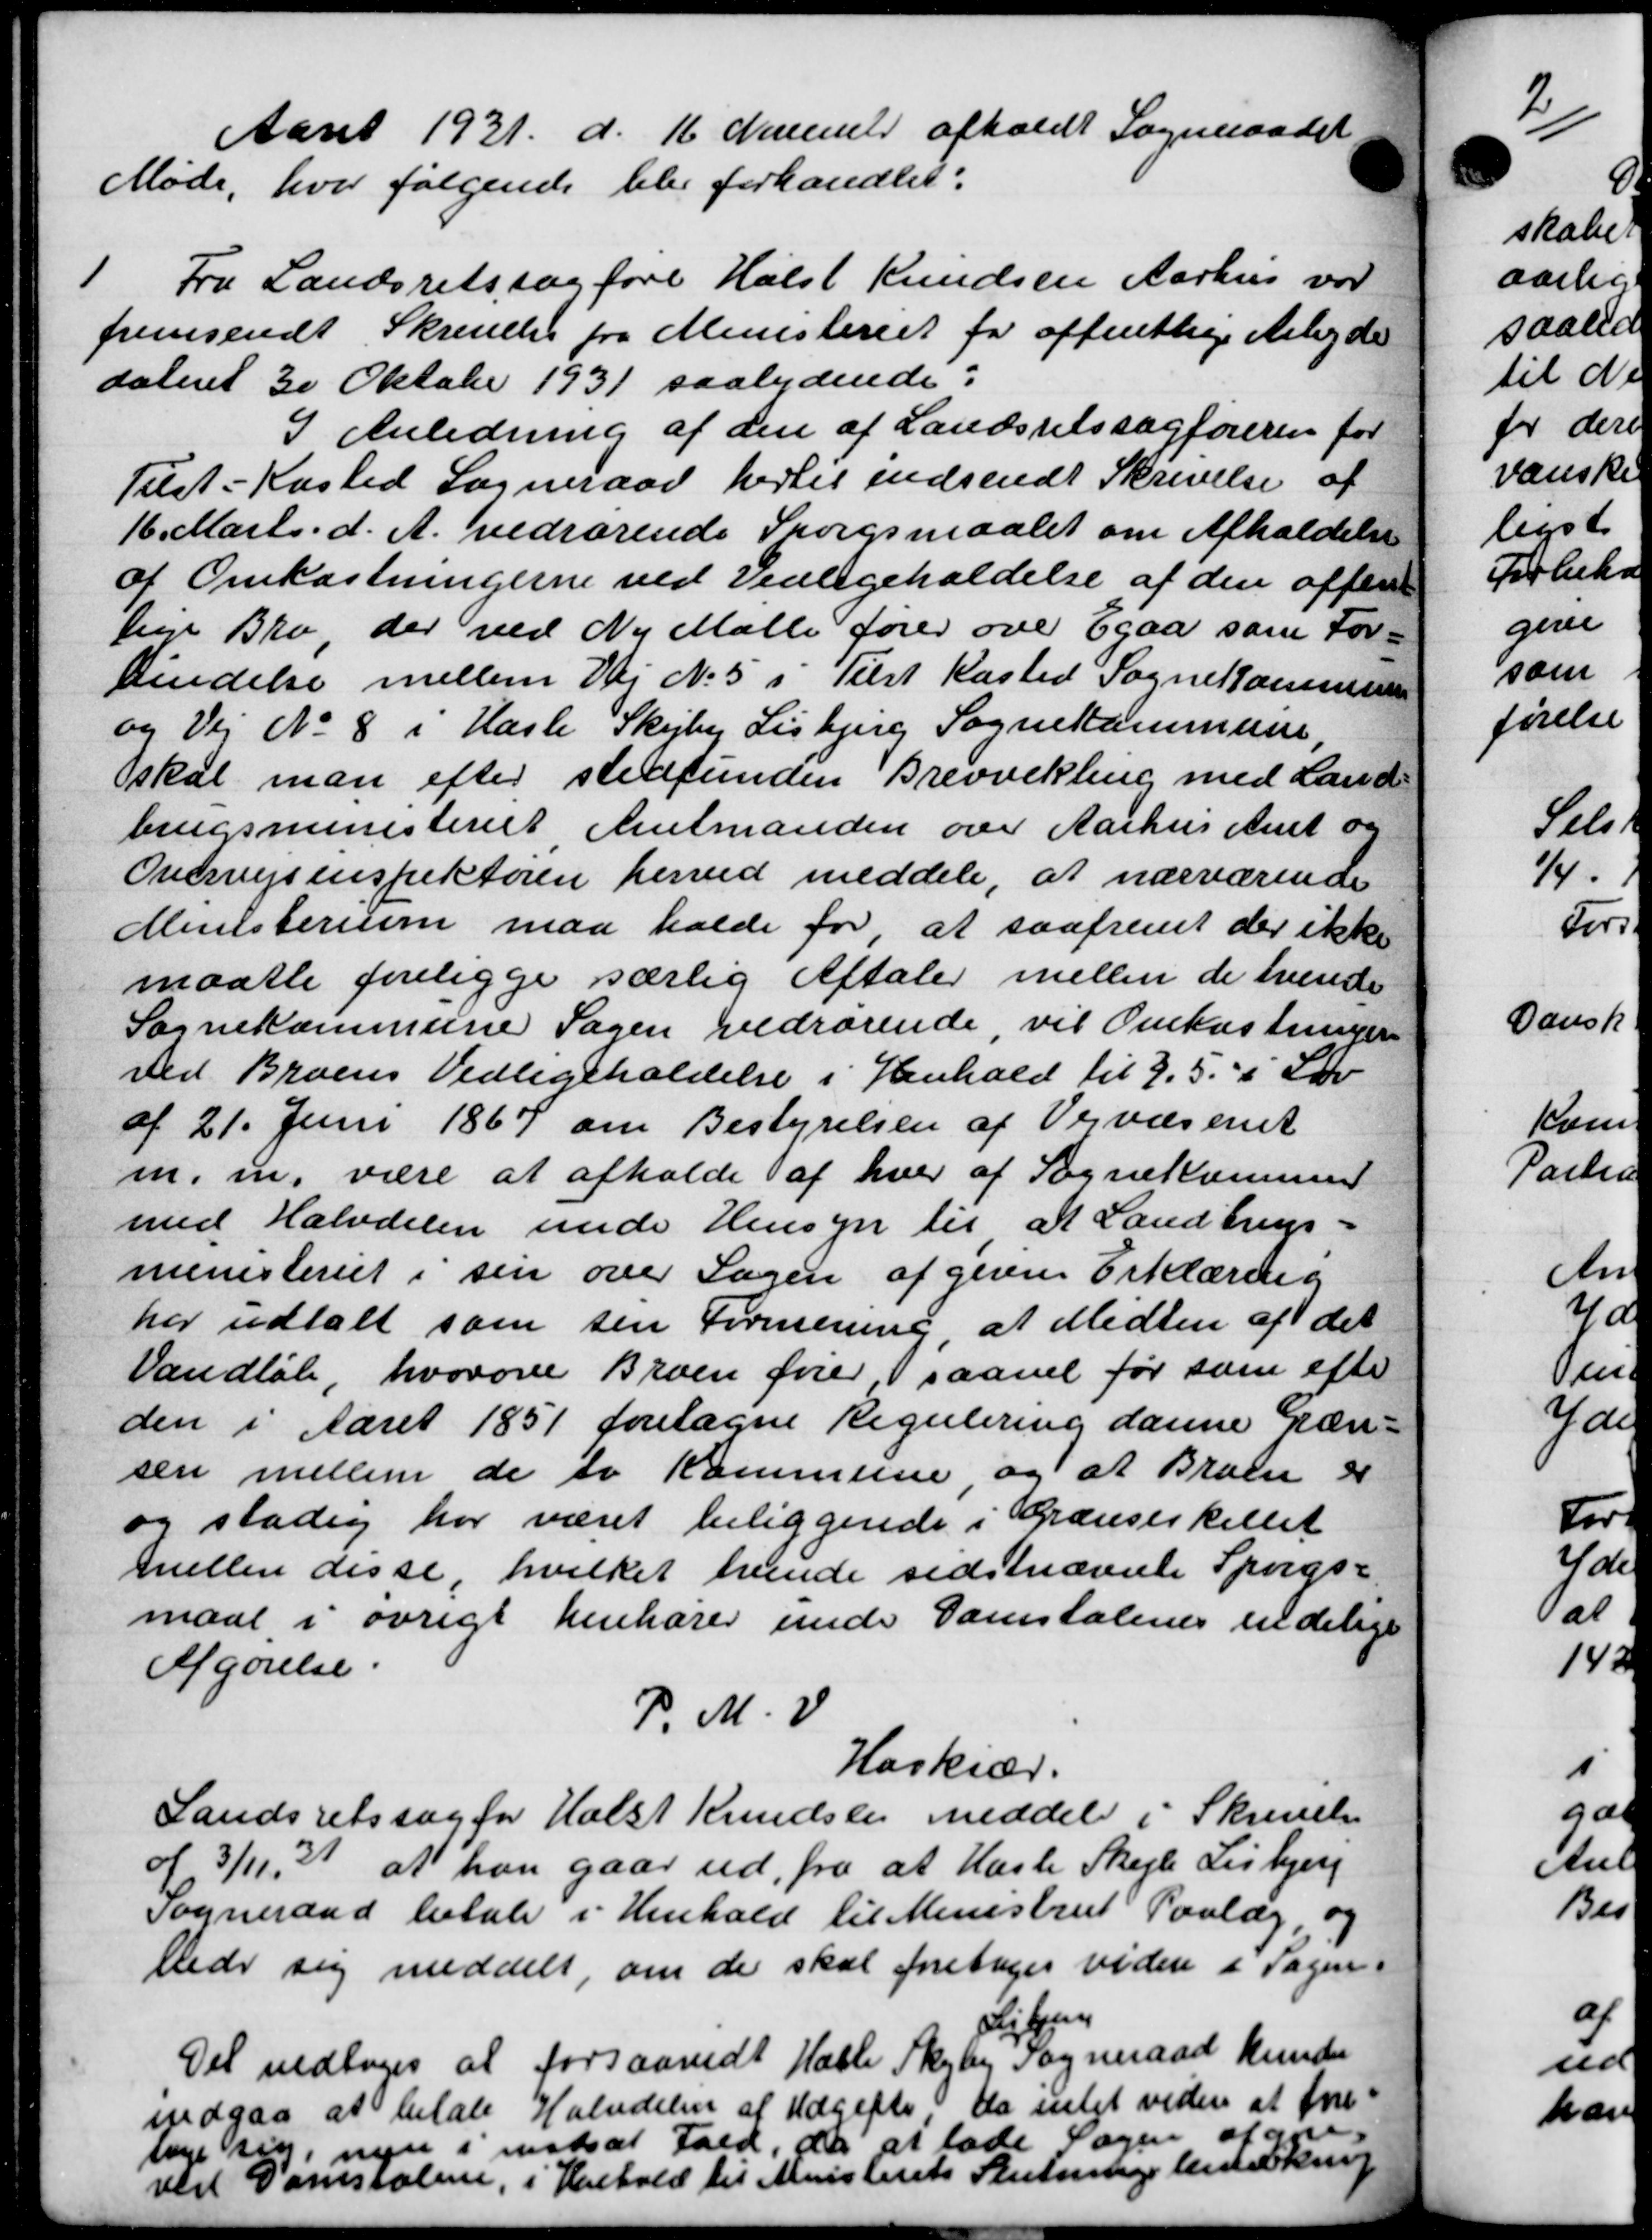
Transskription:
Aaret 1931 d. 16 November afholdt Sogneraad
Møde, hvor følgende blev forhandlet:
1
Fra Landsretssagføre Halst Knudsen Aarhus vor
fremsendt Skrivelse fra Ministeriet for offentlige Arbejde
dateret 30 Oktober 1931 saalydende:
I Anledning af den af Landsretssagføreren for
Tilst-Kasted Sogneraad hertil indsendt Skrivelse af
16. Marts d. A. vedrørende Spørgsmaalet om Afholdelse
af Omkostningerne ved Vedligeholdelse af den offent
lige Bro, der ved Ny Mølle fører over Egaa som For-
kendelse mellem Vej No 5 i Tilst Kasted Sognekommunen
og Vej No 8 i Hasle Skejby Lisbjerg Sognekommune,
skal man efter stedfunden Brevvekling med Land-
brugsministeriet Amtmanden over Aarhus Amt og
Overvejsinspektøren herved meddele, at nærværende
Ministerium maa holde for, at saafremt der ikke
maatte foreligge særlig Aftaler mellem de tvende
Sognekommune Sagen vedrørende, vil Omkostninger
ved Broens Vedligeholdelse i Henhold til 9,5 i Lov
af 21. Juni 1867 om Bestyrelsen af Vejvæsenet
m. m. være at afholde af hver af Sognekommend
med Halvdelen unde Hensyn til at Landbrugs-
ministeriet i sin over Sagen af givne Erklæring
har udtalt som sin Formening, at Midten af det
Vandløb, hvorove Broen fører, saavel for som efter
den i Aaret 1851 foretagne Regulering danne Græn-
sen mellem de to Kommune og at Broen er
og stadig har været beliggende i Grænseskillet
meller disse, hvilket hende sidstnævnte Spørgs-
maal i øvrigt henhører under Danstalenes endelige
Afgørelse
P. M. V.
Haskiær.
Landsretssag for Holst Knudsen meddele i Skrivelse
af 3/11 21 at han gaar ud fra at Hasle Skejle Lisbjerg
Sogneraad betale i Henhold til Ministeriet Paalæg, og
bede sig meddelt, om de skal foretages videre i Sagen.
Det vedtoges at forsaavidt Hasle Skaby
Tøjbjerg
Sogneraad kunder
indgaa at betale Halvdelen af Udgifte. Da intet videre at fore-
lige sig, nyer i instsat Fald, da at lade Sagen og
ved Damskolene, i Henhold til Ministeriets Slutningslistel